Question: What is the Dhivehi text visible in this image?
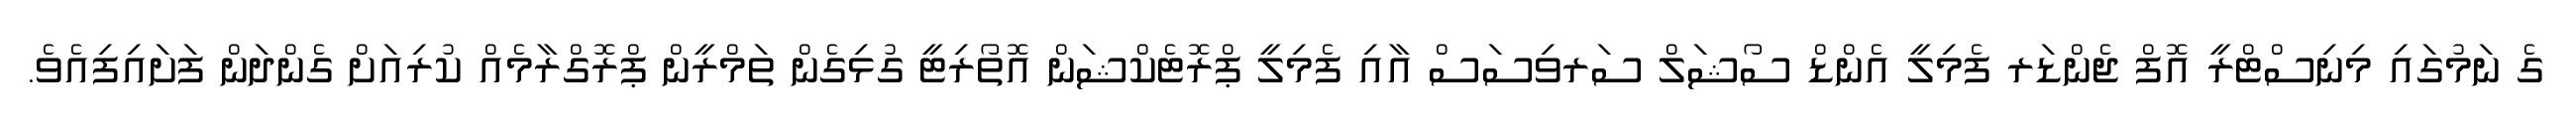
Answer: ގެ ނަމުގައި މިނިސްޓްރީ އޮފް ޖެންޑަރ ފެމިލީ އެންޑް ސޯޝަލް ސަރވިސަސް އާއި ފެމިލީ ޕްރޮޓެކްޝަން އޮތޯރިޓީ ގުޅިގެން ތަމްރީން ޕްރޮގްރާމެއް ކުރިއަށް ގެންދަން ފަށައިފިއެވެ.